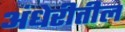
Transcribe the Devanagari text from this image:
अंधेरीतील